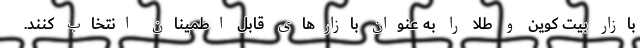
بازار بیت کوین و طلا را به عنوان بازارهای قابل اطمینان انتخاب کنند.